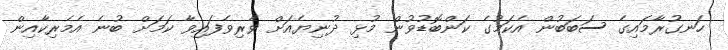
ހަނގުރާމައިގެ ސަބަބުން އެކަމުގެ ކަންބޮޑުވުން މުޅި ދުނިޔެއަށް ވެރިވެފައިވާ ކަމަށް ބުނެ އެމެރިކާއިން